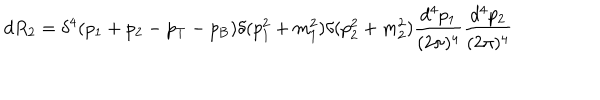
d R _ { 2 } = \delta ^ { 4 } ( p _ { 1 } + p _ { 2 } - p _ { \mathrm { T } } - p _ { \mathrm { B } } ) \delta ( p _ { 1 } ^ { 2 } + m _ { 1 } ^ { 2 } ) \delta ( p _ { 2 } ^ { 2 } + m _ { 2 } ^ { 2 } ) \frac { d ^ { 4 } p _ { 1 } } { ( 2 \pi ) ^ { 4 } } \frac { d ^ { 4 } p _ { 2 } } { ( 2 \pi ) ^ { 4 } }